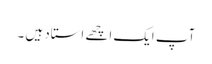
آپ ایک اچھے استاد ہیں ۔